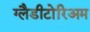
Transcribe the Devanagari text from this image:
ग्लैडीटोरिअम